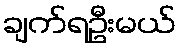
ချက်ရဦးမယ်